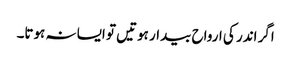
اگر اندر کی ارواح بیدار ہوتیں تو ایسا نہ ہوتا۔